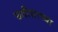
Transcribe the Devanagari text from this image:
छतीसाच्या